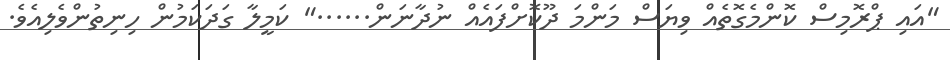
"އައި ޕްރޮމިސް ކޮންމެގޮތެއް ވިޔަސް މަންމަ ދޫކޮށްފައެއް ނުދާނަން......" ކަމީލާ ގަދަކަމުން ހިނިތުންވެލިއެވެ.